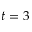
t = 3